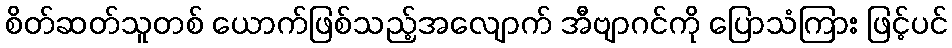
စိတ်ဆတ်သူတစ် ယောက်ဖြစ်သည့်အလျောက် အီဗျာဂင်ကို ပြောသံကြား ဖြင့်ပင်